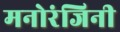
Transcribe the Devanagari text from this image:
मनोरंजिनी